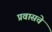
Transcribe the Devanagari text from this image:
प्रवासचे